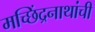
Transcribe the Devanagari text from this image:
मच्छिंद्रनाथांची